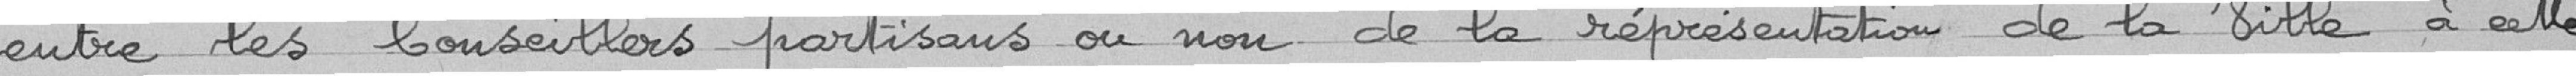
entre les conseillers partisans ou non de la représentation de la Ville à cette